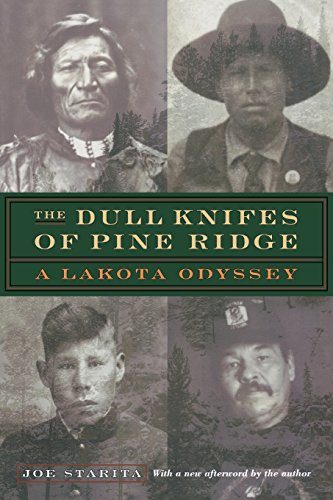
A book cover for The Dull Knifes of Pine Ridge: A Lakota Odyssey; Joe Starita; Biographies & Memoirs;